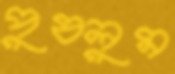
পুষলুম